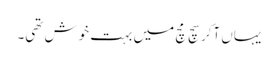
یہاں آکر سچ مچ میں بہت خوش تھی۔